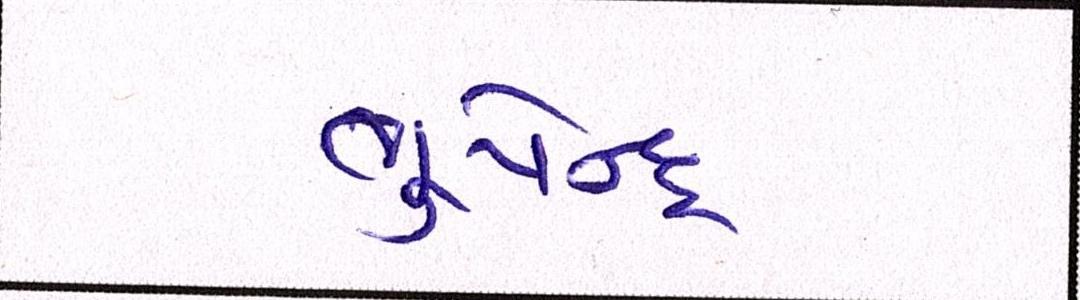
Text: ભુપેન્દ્રભાઇ